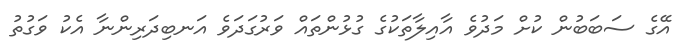
އޭގެ ސަބަބުން ކުށް މަދުވެ އާއިލާތަކުގެ ގުޅުންތައް ވަރުގަދަވެ އަނބިދަރިންނާ އެކު ވަގުތު